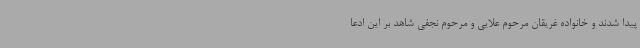
پیدا شدند و خانواده غریقان مرحوم علایی و مرحوم نجفی شاهد بر این ادعا